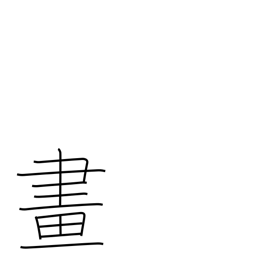
Meaning: drawing